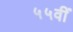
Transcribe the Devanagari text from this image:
५५वीं